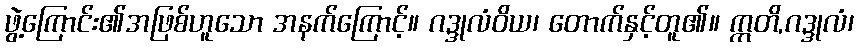
ဖွဲ့ကြောင်း၏အဖြစ်ဟူသော အနက်ကြောင့်။ ဂဒ္ဒုလံဝိယ၊ တောက်နှင့်တူ၏။ ဣတိ,ဂဒ္ဒုလံ၊